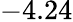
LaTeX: -4.24